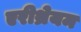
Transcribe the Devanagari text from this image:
एरीथ्रेयम